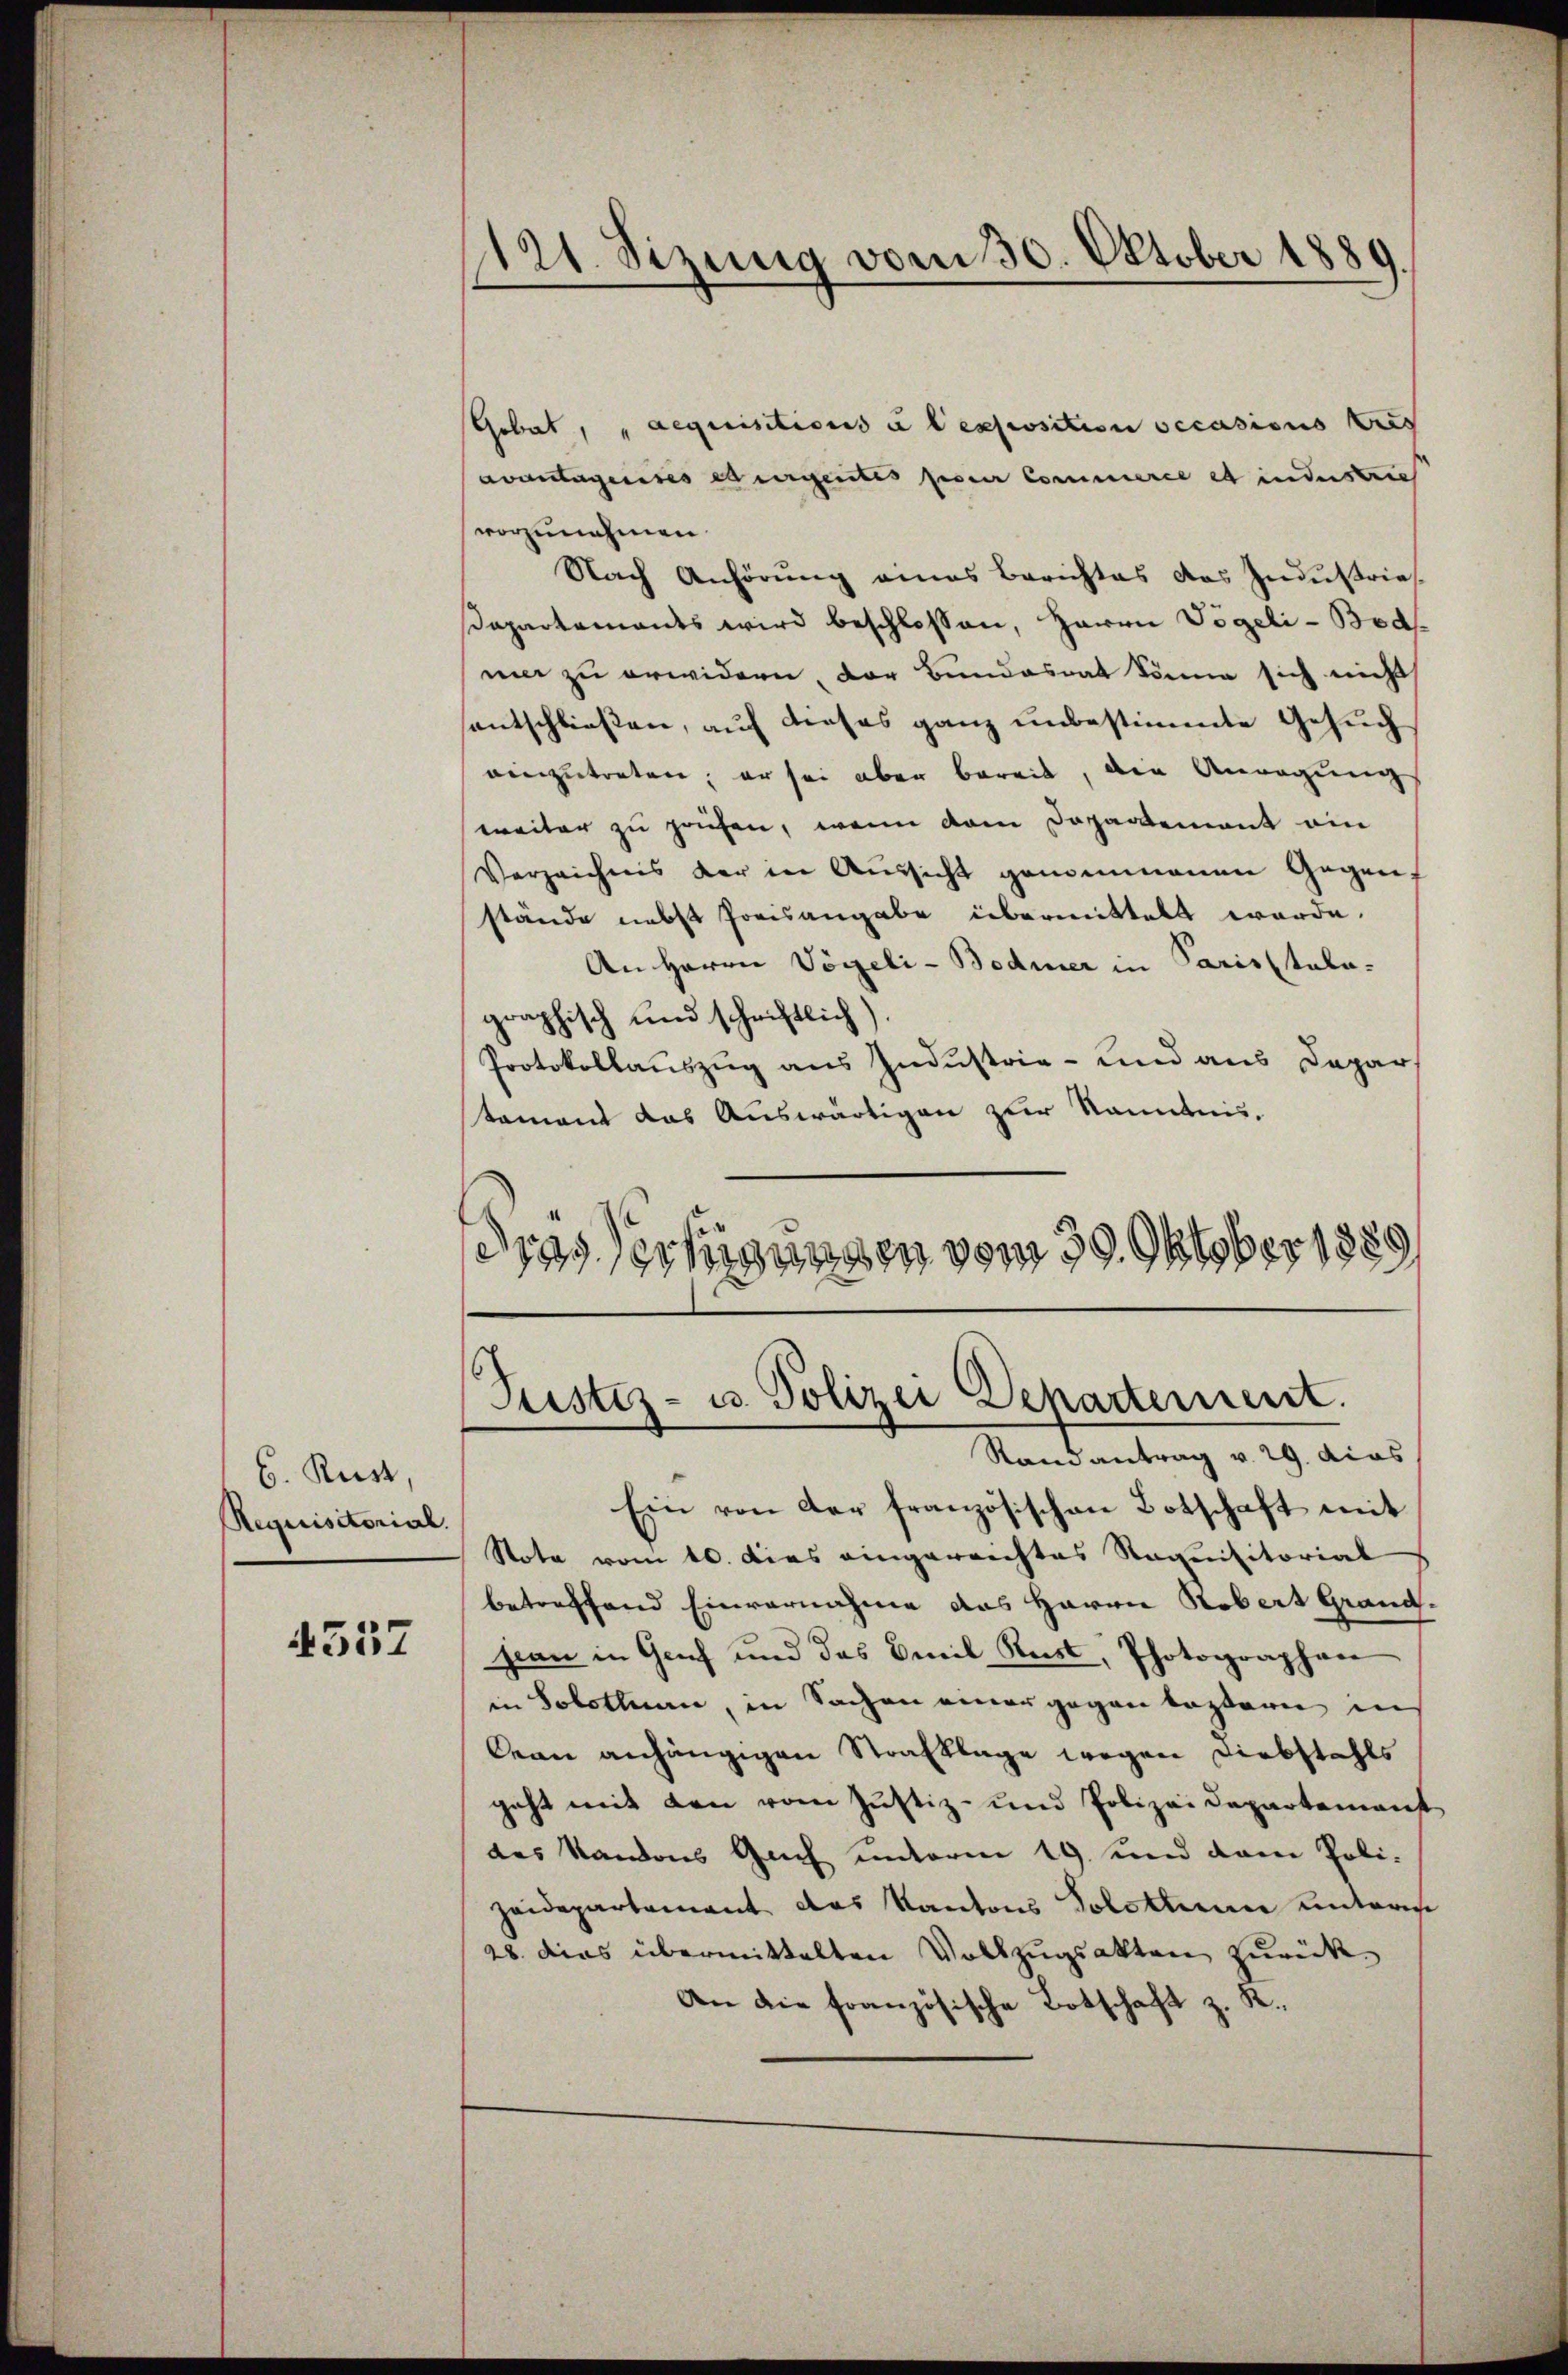
b. Rust,
Requisitorial.

4557

121. Sitzung vom 30. Oktober 1880

Gebat, „aequisitions à l’exposition secasions Zus
avantagendes er urgentes per Commerce et industri
vorzunehmen.
Nach Anhörung eines Berichtes das Industries
Dapartements wird beschlossen, Herrn Vögeli-Bodma zu erwidern, der Bundesrat könne sich nicht
santschließen, auf dieses ganz unbestimmte Gesuch
einzutreten; er sei aber bereit, die Anregung
weiter zu prüfen, wenn dem Departement ein
Verzeichnis der in Aussicht genommenen Gegenstände nebst Preisangabe übermittelt werde.
An Herrn Vögeli-Bodmer in Parisstula-
graphisch und schriftlich).
Protokollauszug aus Industrie- und aus Depar
stament das Auswärtigen zur Kenntnis,
dias Verfügungen vom 29. Oktober 1889

Pustiz- u. Polizei Departement.

Randantrag v. 29. dies
Ein von der französischen Botschaft mit
Note vom 10. dies eingereichtes Saquisitorial
betreffend Einvernahme das Herrn Robert Grand-
hian in Genf und das Emil Rest, Photographen
in Solothurn, in Sachen einer gegen leztern in
Cean anhängigen Strafklage wegen Diebstahls
geht mit den vom Justiz- und Polizeidepartement
des Kantons Gach unterm 19. und dem Polizeidepartement das Kantons Solothurn unters
28. dies übermittelten Vollzŭgsakten zurück¬
An die französische Botschaft z. R.